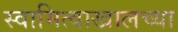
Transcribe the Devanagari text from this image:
स्वामित्वाखालच्या